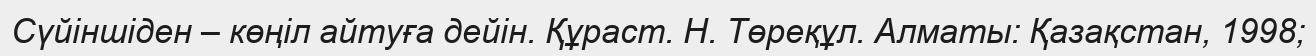
Сүйіншіден – көңіл айтуға дейін. Құраст. Н. Төреқұл. Алматы: Қазақстан, 1998;